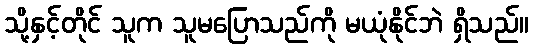
သို့နှင့်တိုင် သူက သူမပြောသည်ကို မယုံနိုင်ဘဲ ရှိသည်။